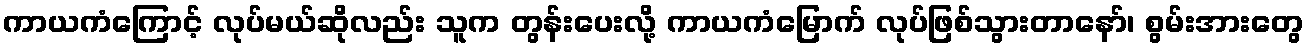
ကာယကံကြောင့် လုပ်မယ်ဆိုလည်း သူက တွန်းပေးလို့ ကာယကံမြောက် လုပ်ဖြစ်သွားတာနော်၊ စွမ်းအားတွေ